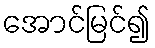
အောင်မြင်၍